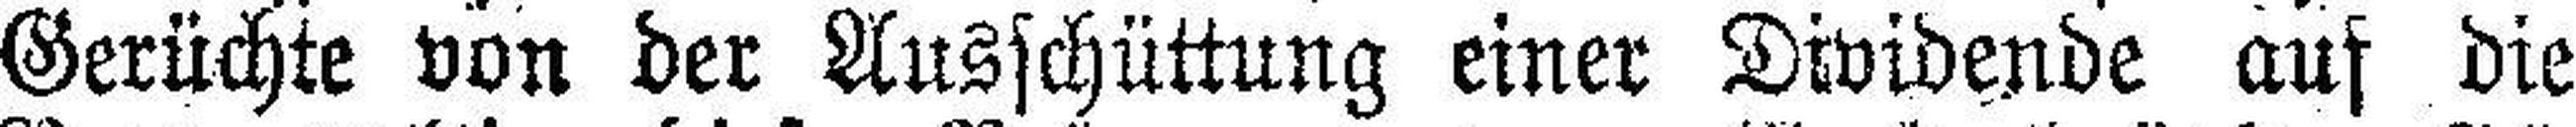
Gerüchte von der Ausschüttung einer Dividende auf die